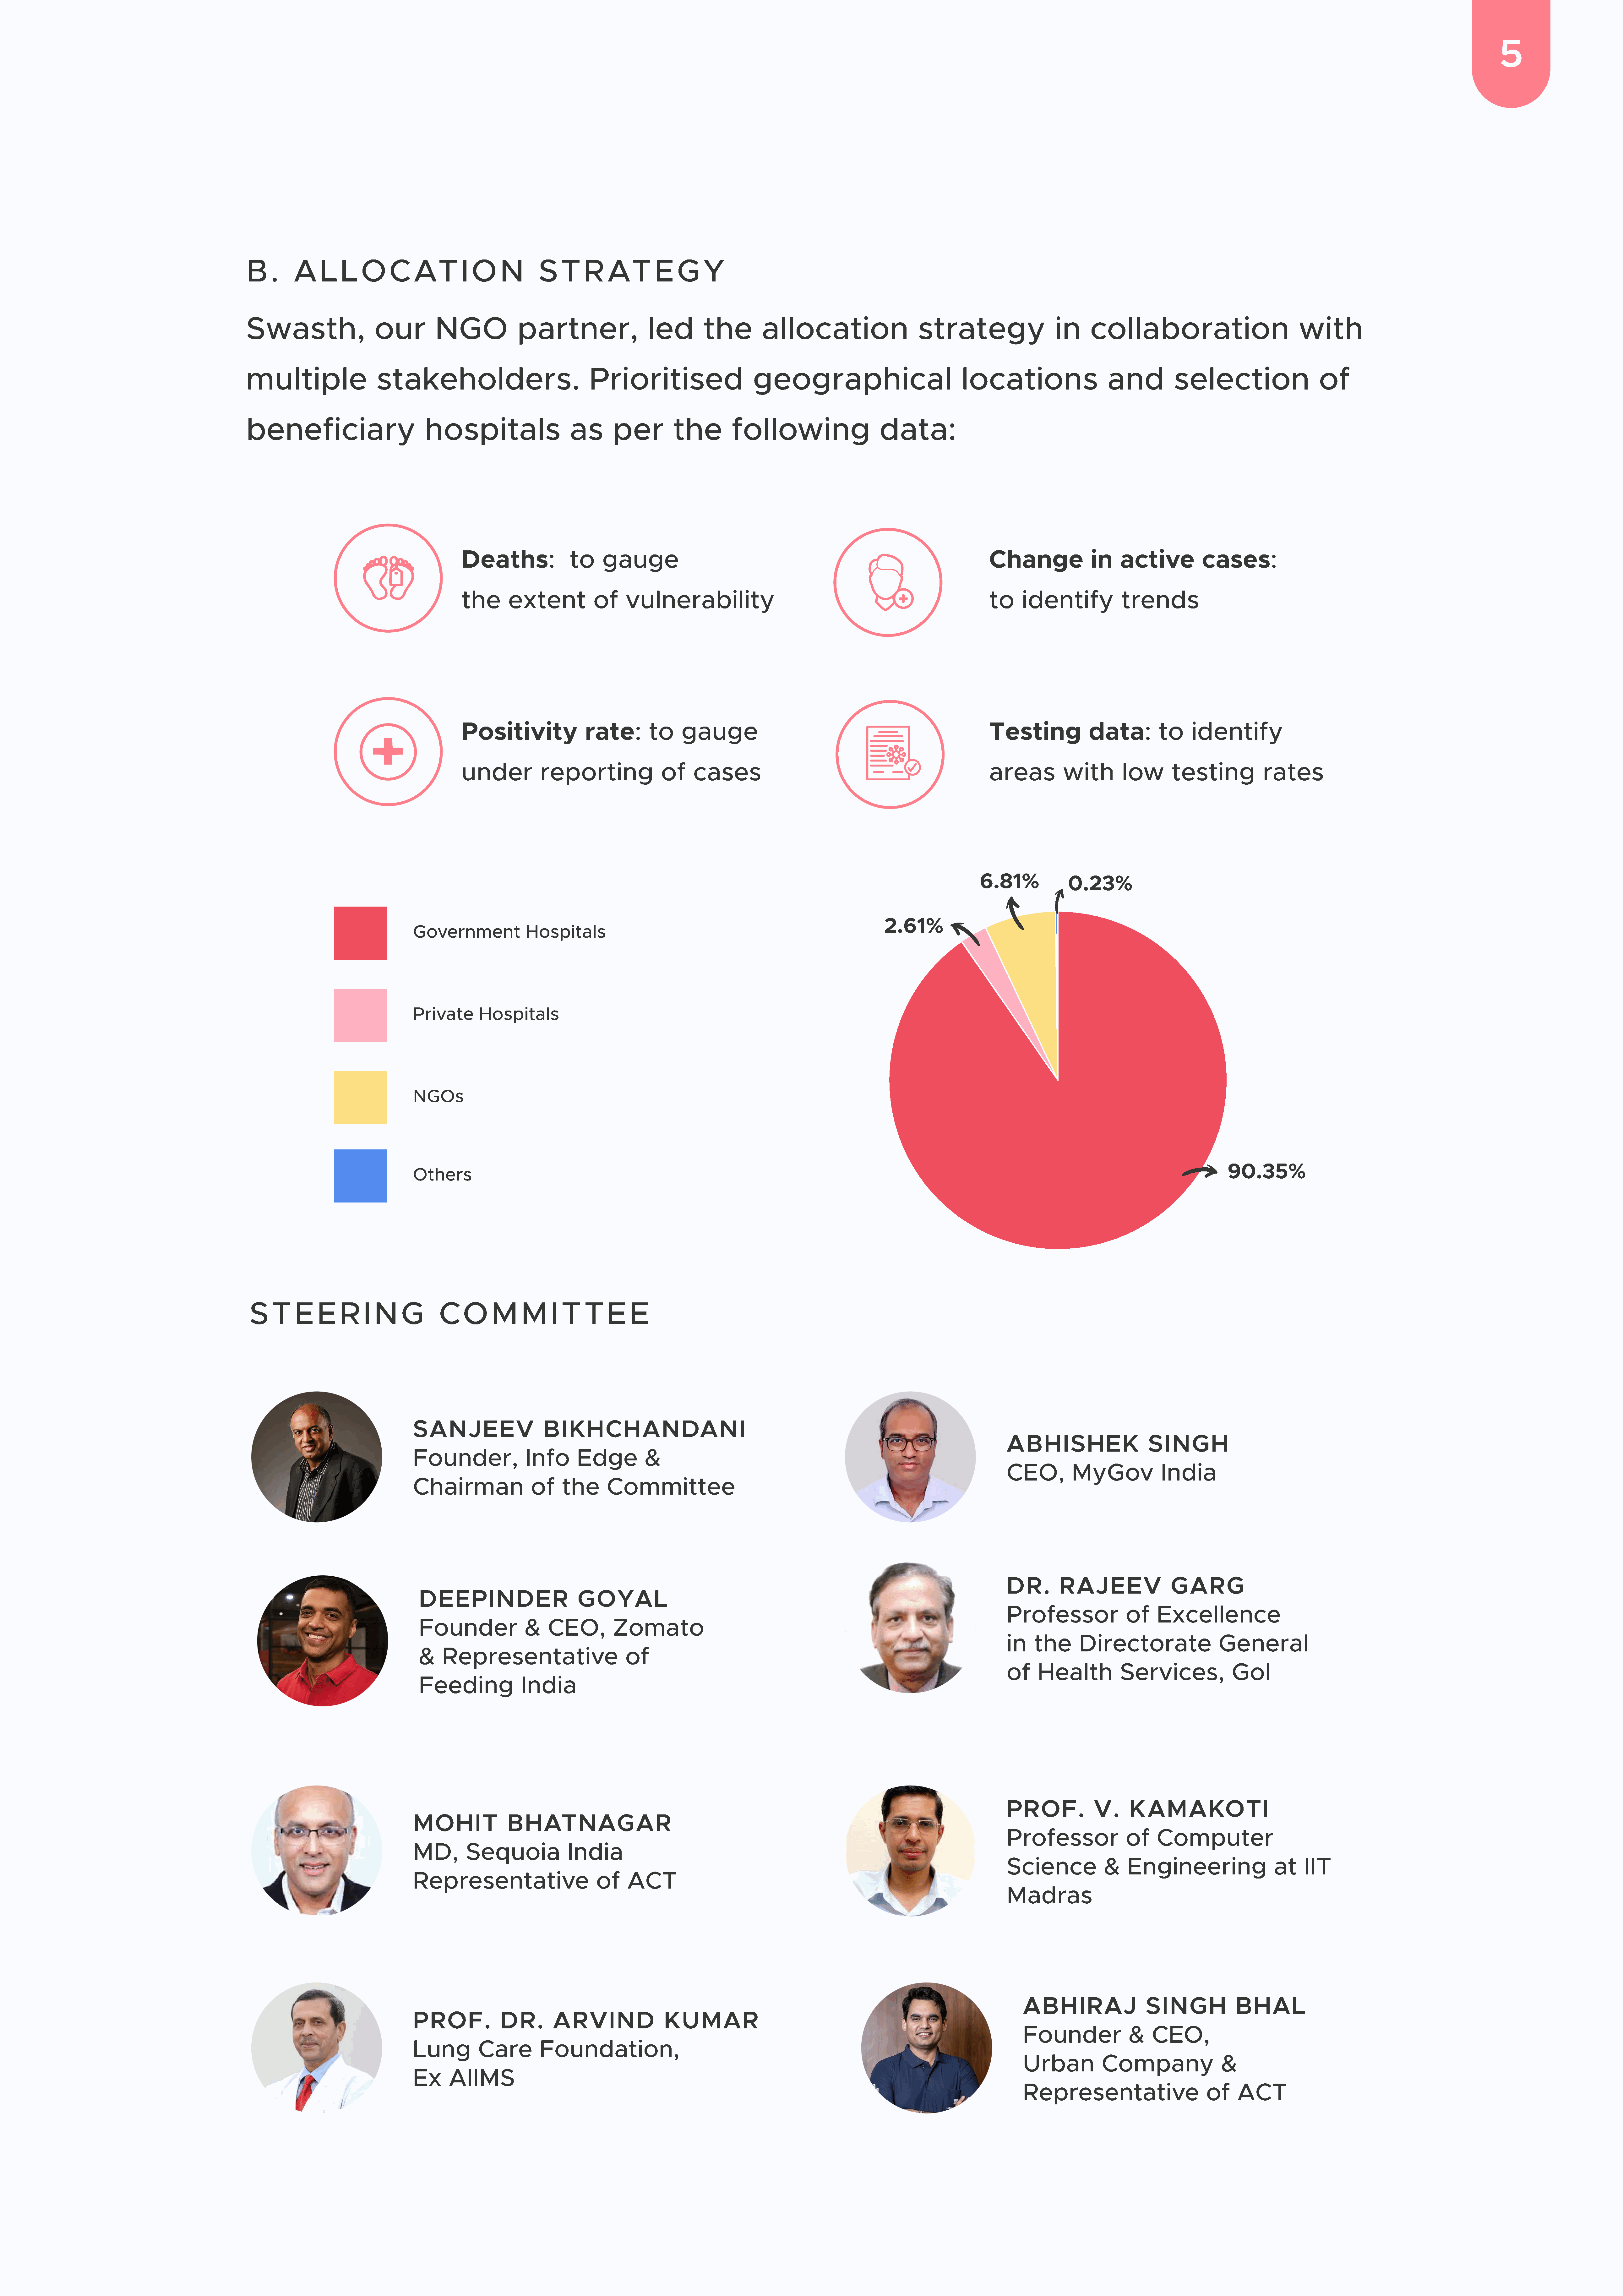
5
 B    .    A    L    L   O     C    AT        I O     N        S   T    R    AT        E    G    Y
 Swasth,                    our          NGO              partner,                   led         the         allocation                       strategy                     in      collaboration                               with
 multiple                   stakeholders.                                Prioritised                        geographical                                locations                     and           selection                      of
 beneficiary                          hospitals                      as       per          the         following                      data:
 Deaths:                to     gauge
 Change                in    active           cases:
 the       extent            of     vulnerability                                                               to     identify             trends
 Positivity                rate:         to     gauge
 Testing              data:          to     identify
 under            reporting                of     cases                                                         areas           with        low        testing            rates
 6.81%
 0.23%
 2.61%
 Government              Hospitals
 Private       Hospitals
 NGOs
 90.35%
 Others
 S   T    E    E    R    I N     G       C    O    M      M     I T    T    E    E
 Sanjeev                    Bikhchandani
 ABHISHEK                      SINGH
 Founder,                Info       Edge          &
 CEO,          MyGov              India
 Chairman                 of    the       Committee
 DR.        RAJEEV                  GARG
 deepinder                         goyal
 Professor                of     Excellence
 Founder                &   CEO,          Zomato
 in    the      Directorate                   General
 &    Representative                         of
 of     Health           Services,               GoI
 Feeding               India
 Prof.              V.     Kamakoti
 mohit               bhatnagar
 Professor                of     Computer
 MD,        Sequoia               India
 Science              &    Engineering                   at     IIT
 Representative                         of    ACT
 Madras
 Abhiraj                  Singh              Bhal
 Prof.             DR.        arvind                  kumar
 Founder               &    CEO,
 Lung          Care         Foundation,
 Urban           Company                  &
 Ex      AIIMS
 Representative                        of     ACT